Bréfritari: Sigríður Pálsdóttir
Viðtakandi: Páll Pálsson
Dagsetning: A-1868-xx-xx
Skrifað á: Breiðabólsstað  Rang.
Páll var bróðir Sigríðar

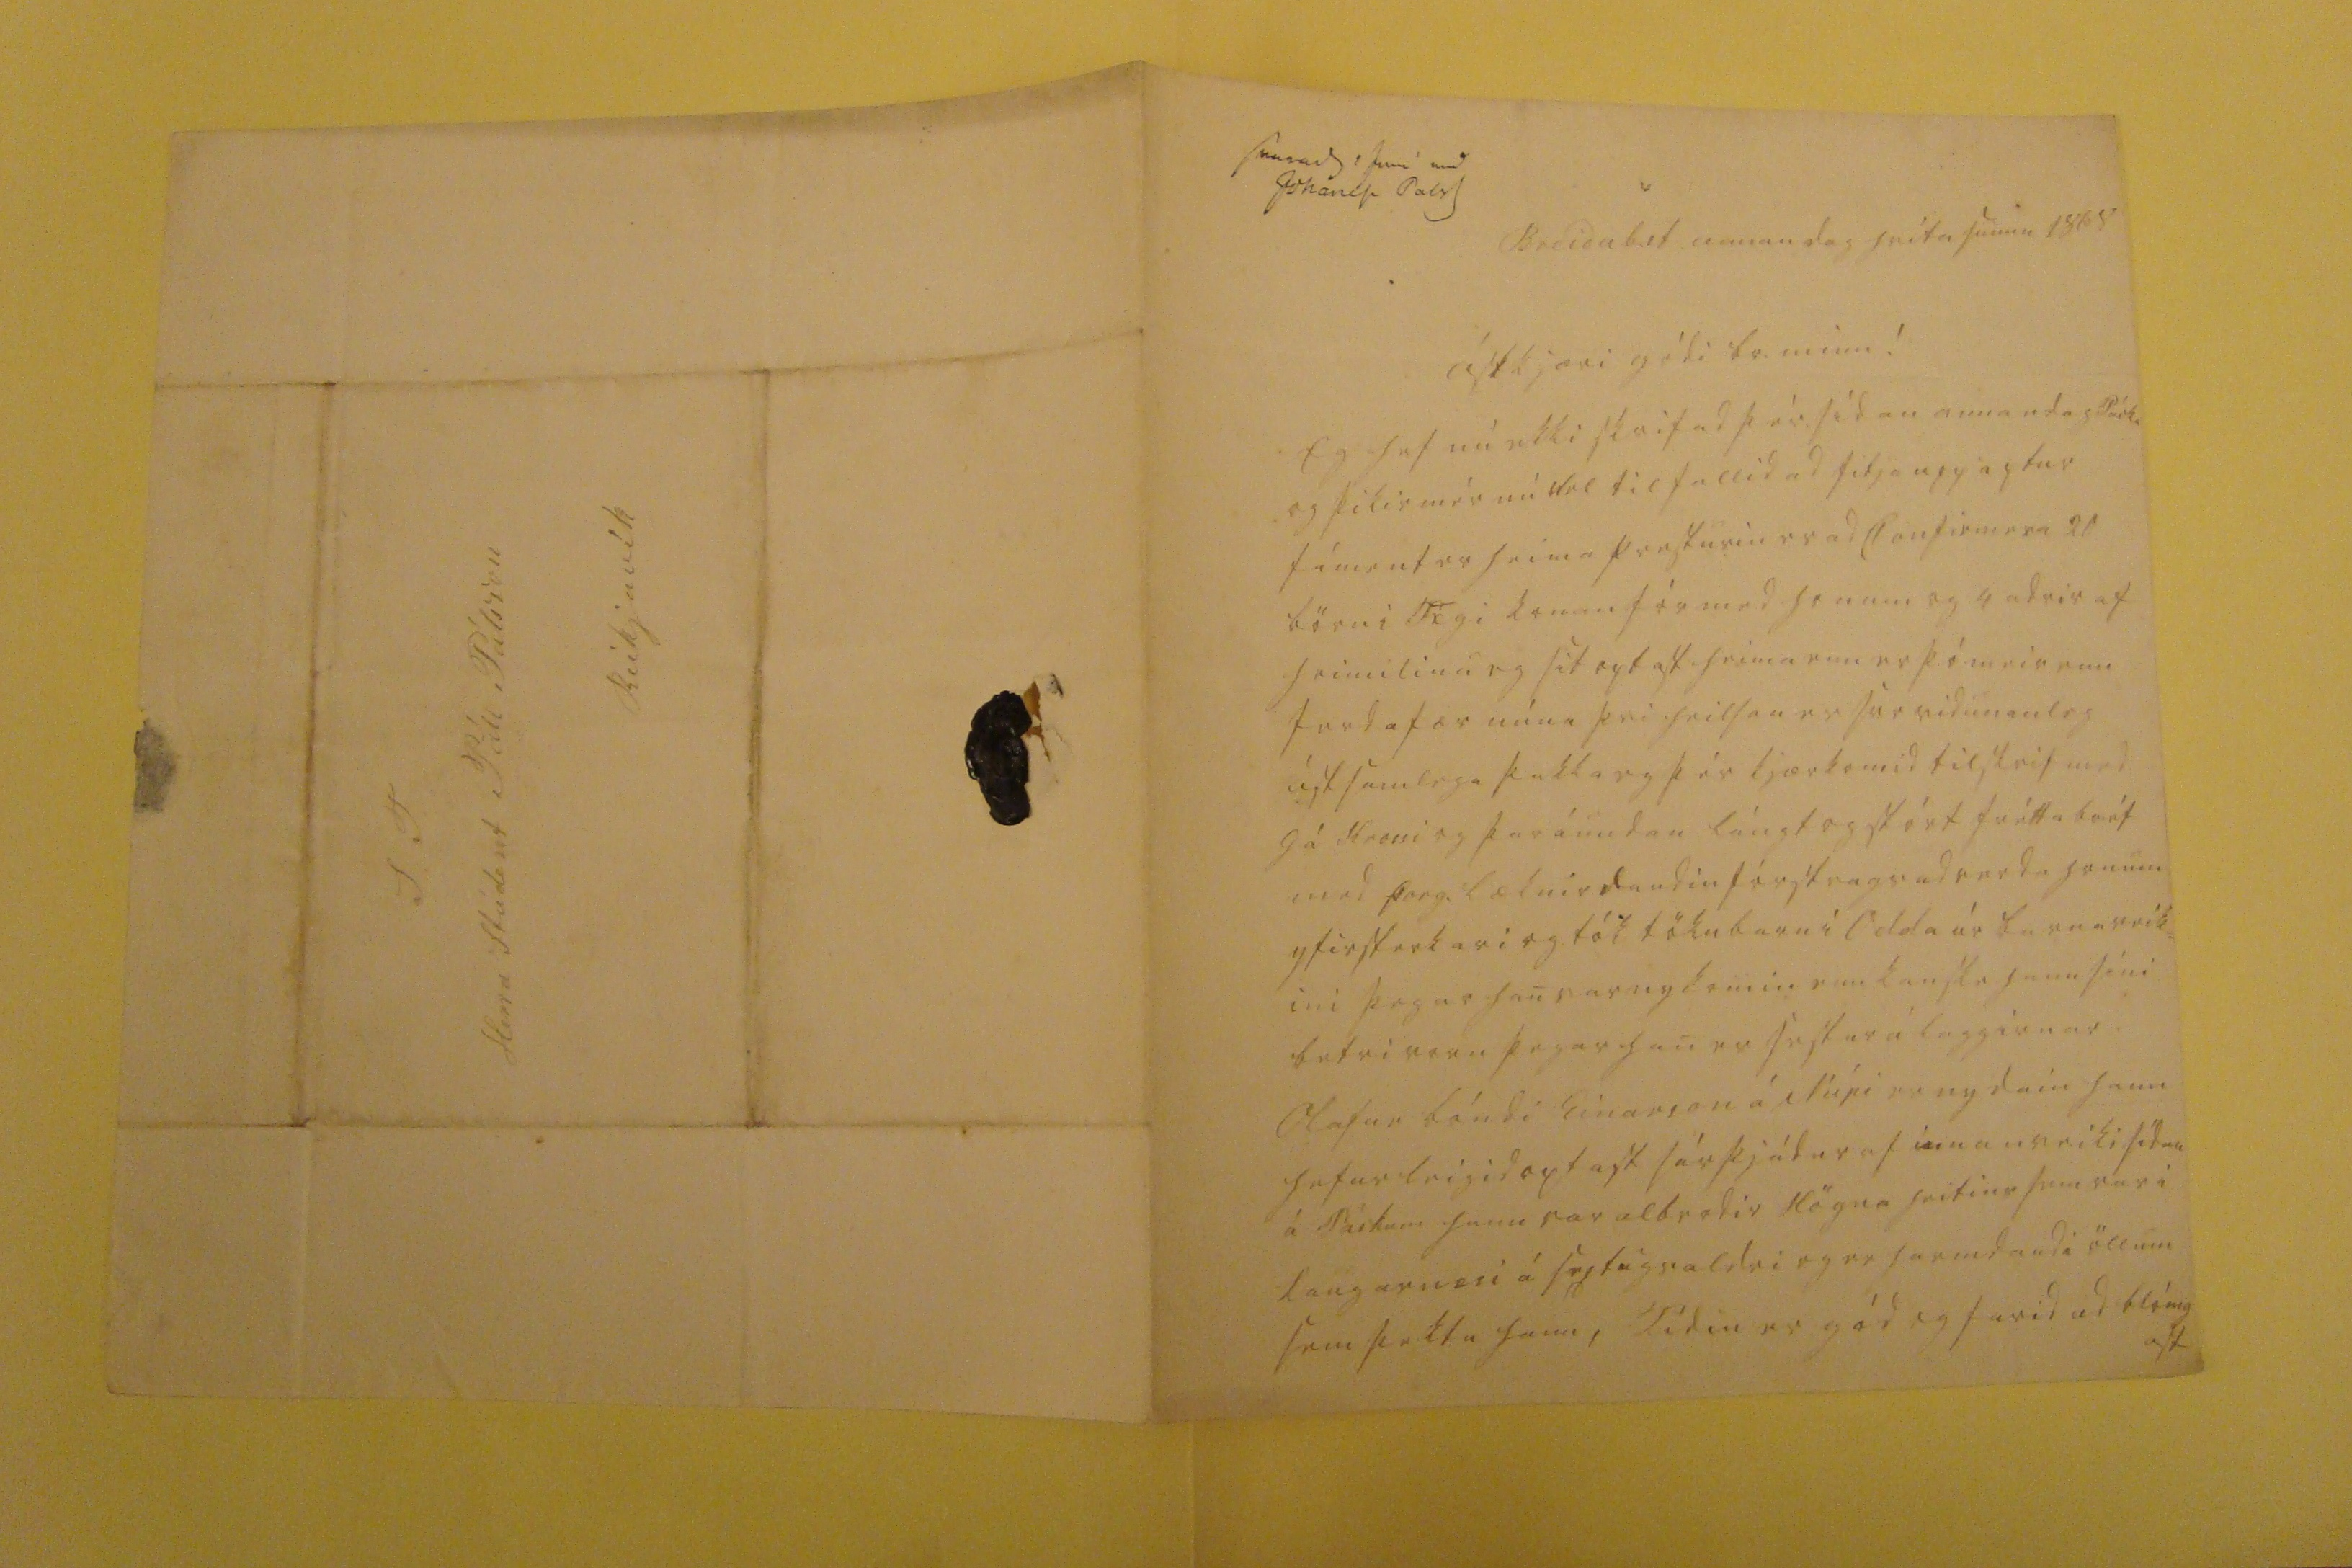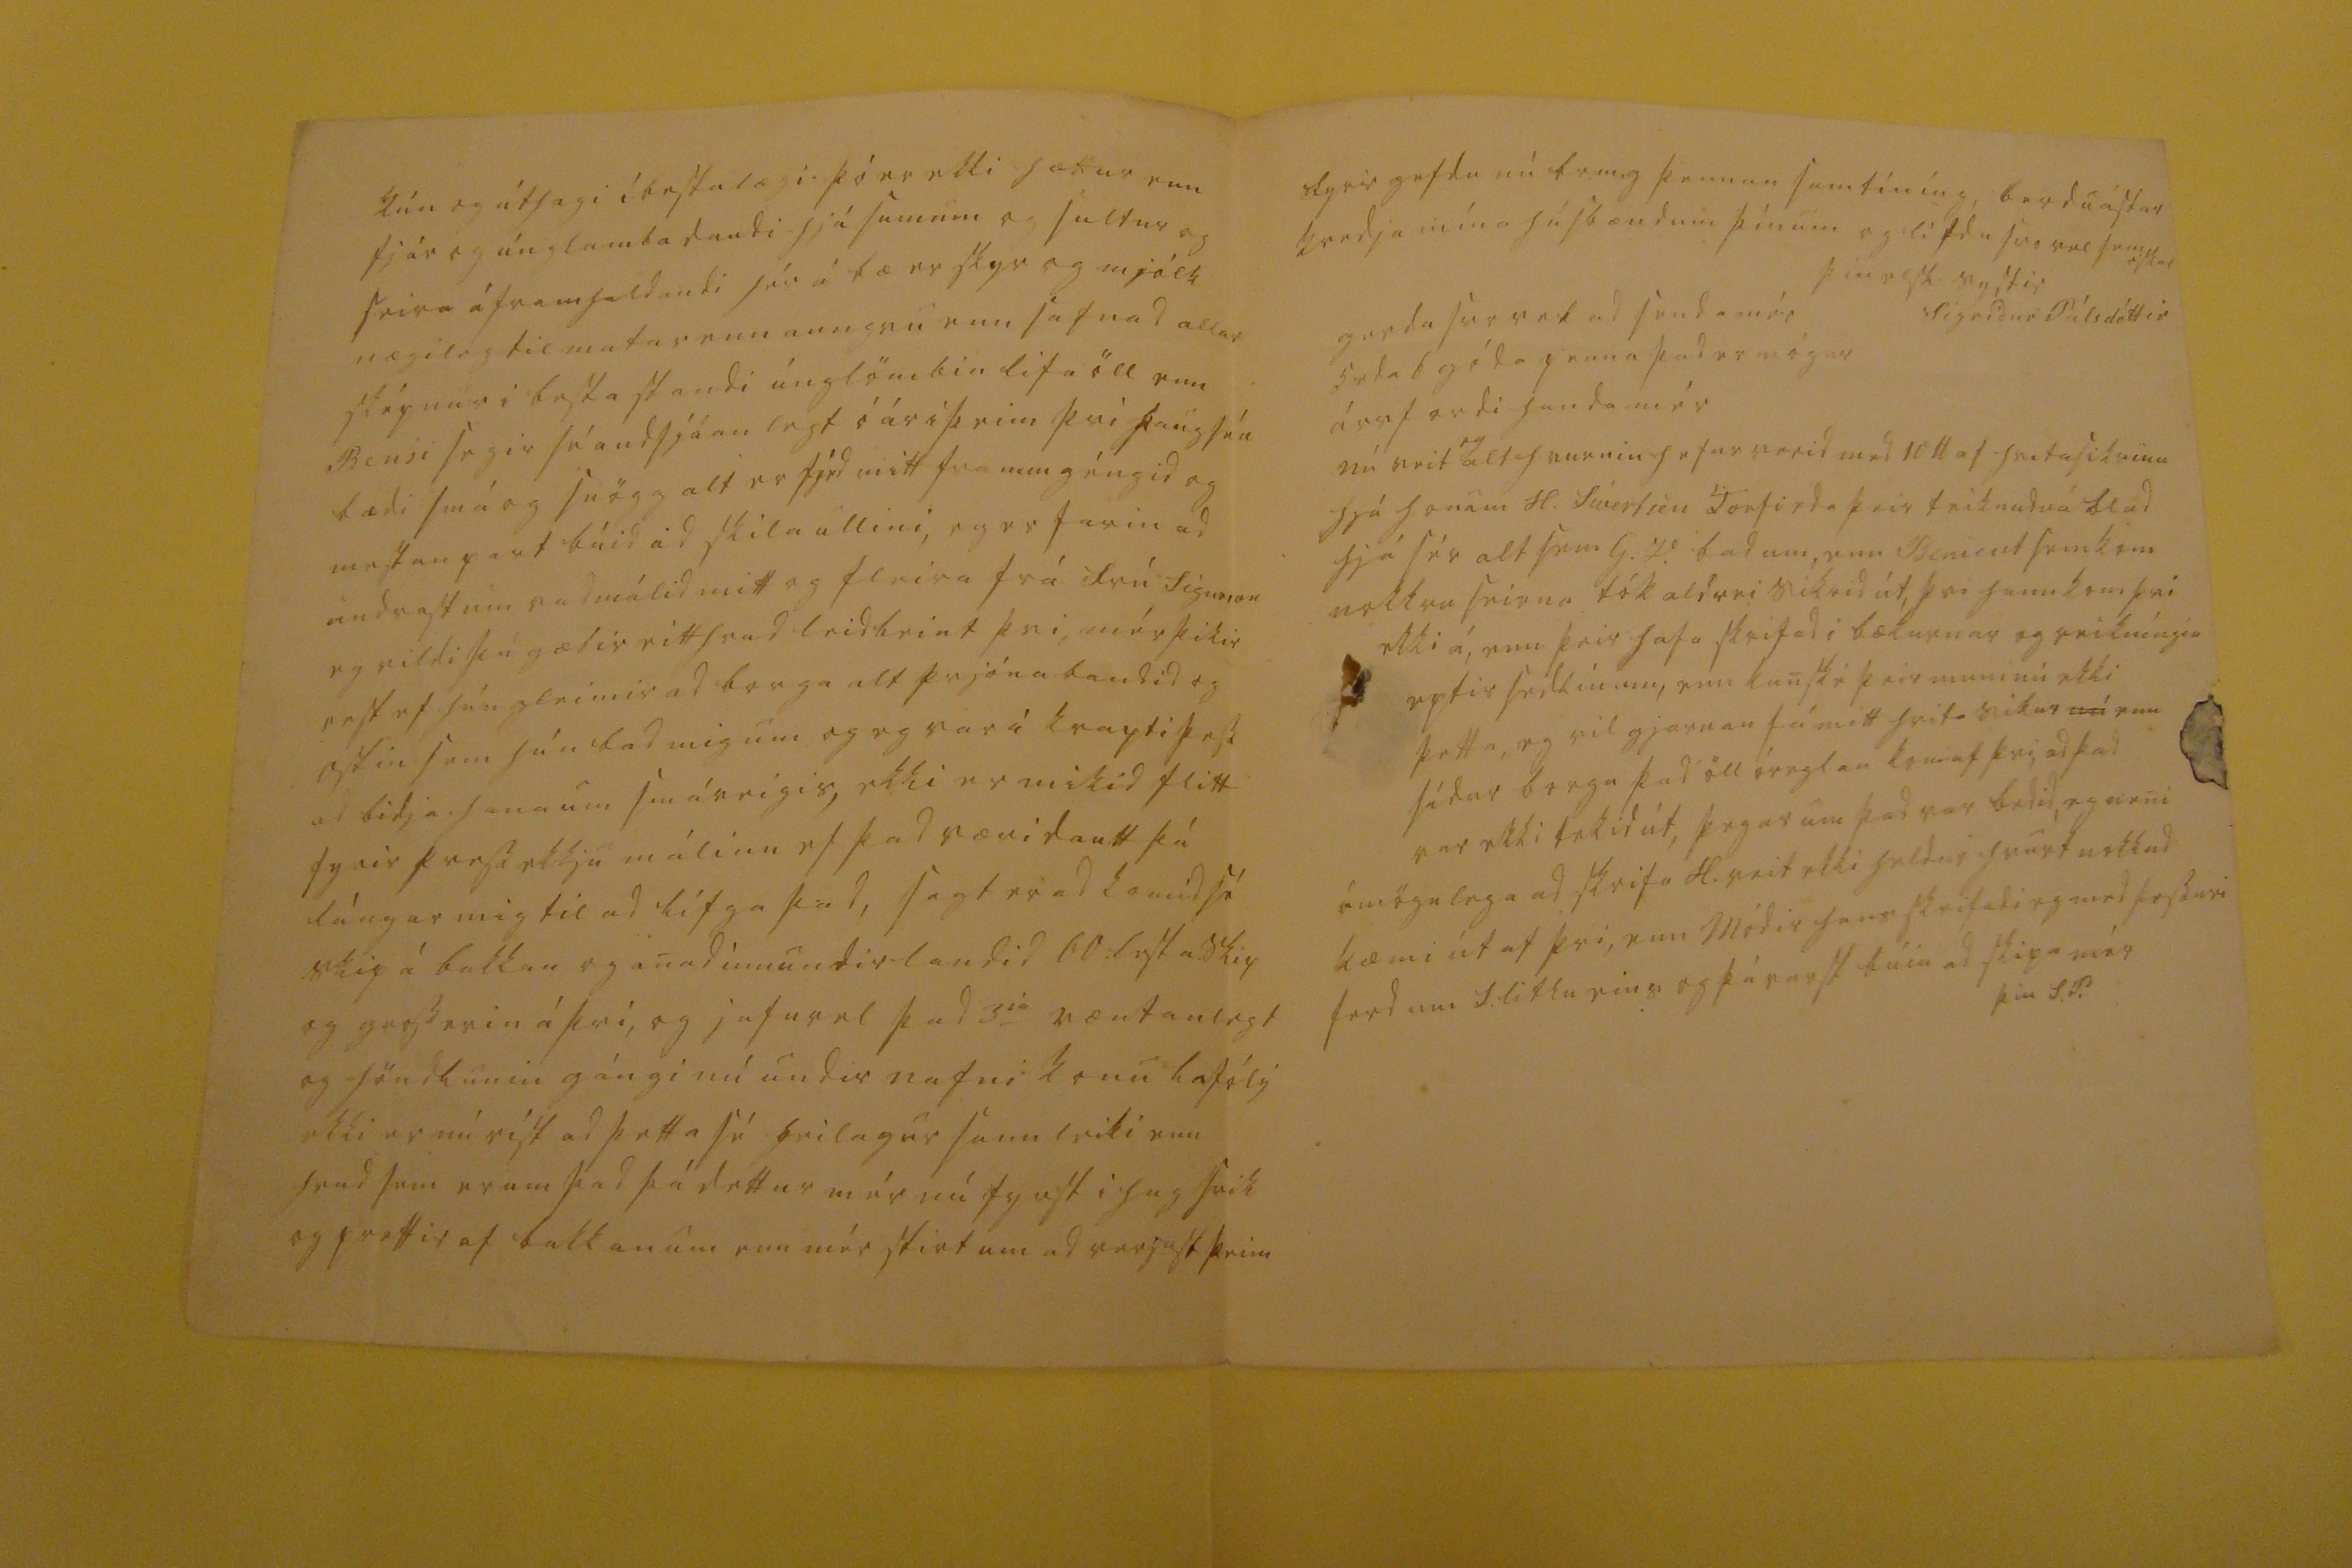

svarad 0 Juni med Johanesi Pals
Breidab.st. annan dag hvítasunnu 1868
ástkjæri gódi br. minn!
Eg hef nú ekki skrifad þér sídan annan dag Páska og þikir mér nú vel til fallid ad fitja upp aptur fáment er heima presturin er ad Confirmera 20 börn i
00gi
konan fór med honum og 4 adrir af heimilinu eg sit optast heima enn er þó meir enn ferdafær núna þvi heilsan er svo vidunanleg ástsamlega þakka eg þér kjærkomid tilskrif med G á
Horni
og þar á undan lángt og stórt fréttabréf med Þorg. læknir daudin fór strags ad verda honum yfirsterkari og tók tökubarn í Odda úr barnaveik= ini þegar han var nykomin enn kanske hann síni betri
raun
þegar han er sestur á laggirnar Olafur bóndi Einarson á Núpi er nydain hann hefur leigid optast sárþjádur af innanveiki sídan á Páskum hann var albrodir Högna heitins sem var i Laugarnesi á sextugsaldri og er harmdaudi öllum sem þektu hann, Tídin er gód og farid ad blómast
Tún og áthagi í bestalægi þó er ekki
hættur
enn fjár og únglambadaudi hjá sumum og sultur og seira áframhaldandi hér á bæ er skyr og mjólk nægileg til matar enn aungvu enn jafnad allar sképnur i besta standi únglömbin lifa öll enn Bensi segir sé audsjáanlegt óár i þeim þvi þaug séu bædi smá og snögg alt er fjed mitt frammgéngid og mestanpart búid ad skila ullini, eg er farin ad undrast um vadmálid mitt og fleira frá Frú Sigurson eg vildi þú gætir eitthvad leidbeint þvi, mér þikir vest ef hún gleimir ad borga alt prjónabandid og ostin sem hún bad mig um og eg var í krapti þess ad bidja hana um smáveigis, ekki er mikid flitt fyrir pressekkju málinu ef þad væri dautt þá lángar mig til ad lífga þad, sagt er ad komid sé skip á bakkan og anad innundir landid 60 lesta skip og
grosserin
á því, og jafnvel þad 3
ia
væntanlegt og höndlunin gángi nú undir nafni konu
Lafóly
ekki er nú víst ad þetta sé heilagur sannleiki enn hvad sem er um þad þá dettur mér nú fyrst i hug svik og prettir af bakkanum enn mér stirt um ad verjast þeim
fyrir gefdu nú br.m.g þennan samtíning, berdu ástar kvedju mína húsbændum þínum og lifdu svo vel sem óskar
þín elsk. systir
Sigrídur Pálsdóttir
gerdu svo vel ad senda mér 5 eda 6 góda penna þad er nógur ársfordi handa mér
nú veit
eg
alt hvurnin hefur verid med 10 lb af hvita sikrinu hjá honum H. Sívertsen
Torfirda
þeir teiknudu á blad hjá sér alt sem G.V. bad um, enn
Beni000
sem kom nokkru seirna tók aldrei sikrid út, þvi hann kom þvi ekki á, enn þeir hafa skrifad i bækurnar og reikníngin eptir sedlínum, enn kanské þeir muni nú ekki þetta, eg vil gjarnan fá mitt hvita sikur
nú
enn sídur borga þad öll óreglan kom af þvi, ad þad var ekki tekid út, þegar um þad var bedid, eg neni ómögulega ad skrifa H. veit ekki heldur hvurt nokkud kæmi út af þvi, enn Módir hans skrifadi eg med þessari ferd um S. litlu eins og þú varst búin ad skipa mér
þin S.P.
S.T. Herra Stúdent Páll Pálsson Reikjavík